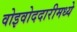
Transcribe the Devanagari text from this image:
वोइवोददारीमध्ये